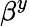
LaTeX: \beta^{y}